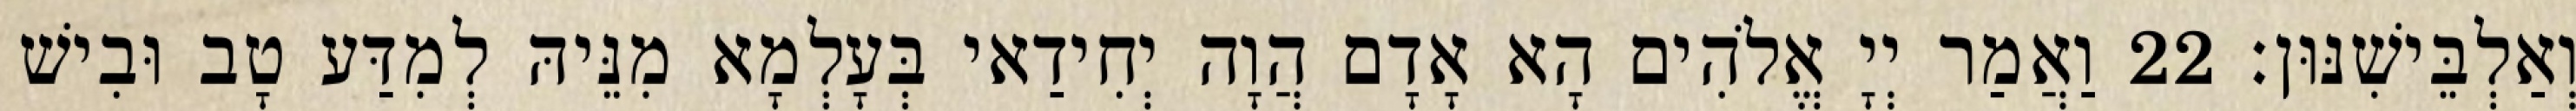
וְאַלְבֵּישִׁנּוּן׃ 22 וַאֲמַר יְיָ אֱלֹהִים הָא אָדָם הֲוָה יְחִידַאי בְּעָלְמָא מִנֵּיהּ לְמִדַּע טָב וּבִישׁ